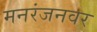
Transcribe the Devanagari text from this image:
मनरंजनवर